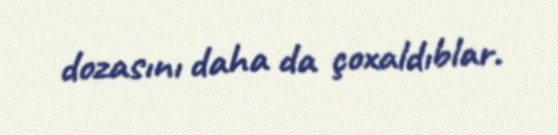
dozasını daha da çoxaldıblar.